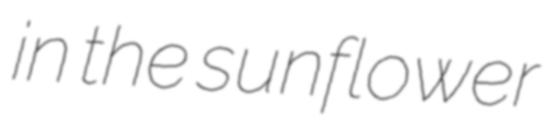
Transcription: in the sunflower